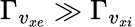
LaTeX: \Gamma_{v_{xe}}\gg\Gamma_{v_{xi}}